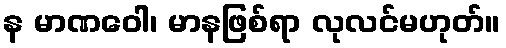
န မာဏဝေါ၊ မာနဖြစ်ရာ လုလင်မဟုတ်။